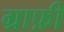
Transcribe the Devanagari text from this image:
ग्राफ़ी